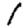
Digit: 1